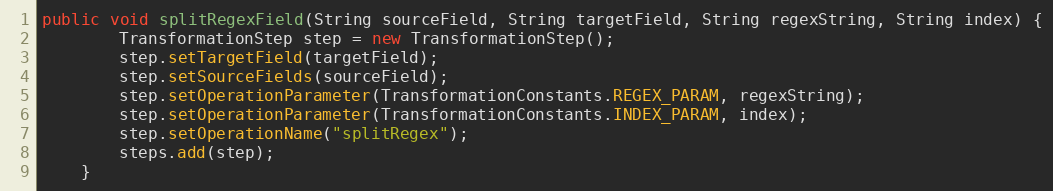
Language: Java
public void splitRegexField(String sourceField, String targetField, String regexString, String index) {
        TransformationStep step = new TransformationStep();
        step.setTargetField(targetField);
        step.setSourceFields(sourceField);
        step.setOperationParameter(TransformationConstants.REGEX_PARAM, regexString);
        step.setOperationParameter(TransformationConstants.INDEX_PARAM, index);
        step.setOperationName("splitRegex");
        steps.add(step);
    }